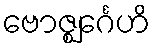
ဗောဇ္ဈင်္ဂေဟိ